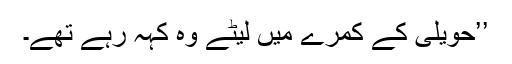
’’حویلی کے کمرے میں لیٹے وہ کہہ رہے تھے۔